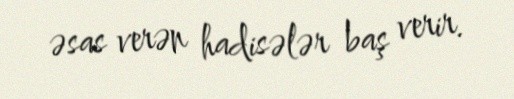
əsas verən hadisələr baş verir.